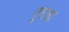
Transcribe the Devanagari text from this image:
पुरात।